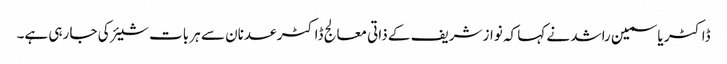
ڈاکٹر یاسمین راشد نے کہا کہ نواز شریف کے ذاتی معالج ڈاکٹر عدنان سے ہر بات شیئر کی جا رہی ہے۔